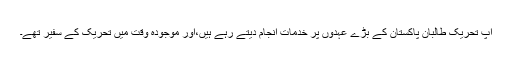
آپ تحریک طالبان پاکستان کے بڑے عہدوں پر خدمات انجام دیتے رہے ہیں،اور موجودہ وقت میں تحریک کے سفیر تھے۔